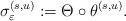
LaTeX: \begin{align*} {\sigma}_\varepsilon^{(s,u)} := \Theta \circ \theta^{(s, u)}.\end{align*}